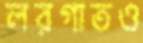
লরগাতও